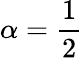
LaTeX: \alpha={\frac{1}{2}}